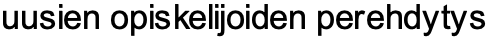
uusien opiskelijoiden perehdytys